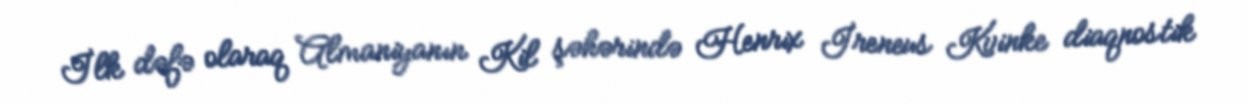
İlk dəfə olaraq Almaniyanın Kil şəhərində Henrix İreneus Kvinke diaqnostik